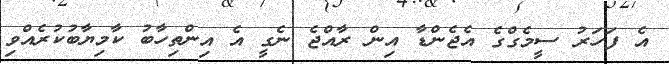
އެ ފަހަރު ސީމެގްގެ އެޖެންޑާ އިން ރާއްޖެ ނެގީ އެ އިންތިހާބު ކާމިޔާބުކުރެއްވި